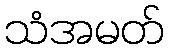
သံအမတ်